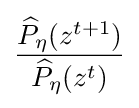
{\frac {{\widehat {P}}_{\eta }(z^{t+1})}{{\widehat {P}}_{\eta }(z^{t})}}